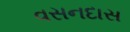
વસનદાસ